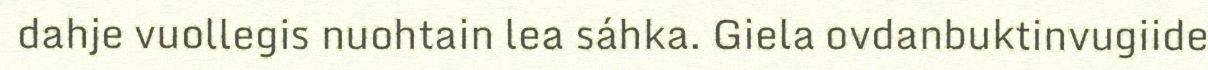
dahje vuollegis nuohtain lea sáhka. Giela ovdanbuktinvugiide